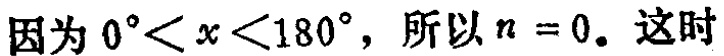
因为 \(0^{\circ}<x<180^{\circ}\)，所以 \(n = 0\)。这时